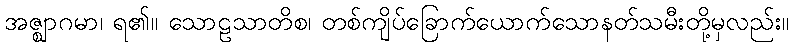
အဇ္ဈာဂမာ၊ ရ၏။ သောဠသာတိစ၊ တစ်ကျိပ်ခြောက်ယောက်သောနတ်သမီးတို့မှလည်း။